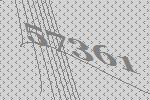
57361